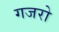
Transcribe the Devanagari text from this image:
गजरो